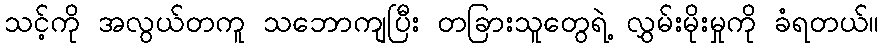
သင့်ကို အလွယ်တကူ သဘောကျပြီး တခြားသူတွေရဲ့ လွှမ်းမိုးမှုကို ခံရတယ်။